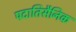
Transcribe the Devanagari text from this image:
पदातिसैनिक